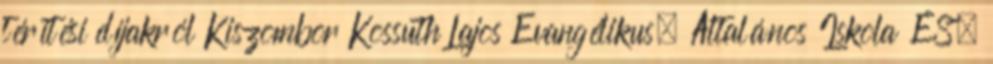
térítési díjakról Kiszombor Kossuth Lajos Evangélikus. Általános Iskola ÉS.